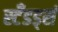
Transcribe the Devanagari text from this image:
स्टँडर्ड्स